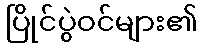
ပြိုင်ပွဲဝင်များ၏